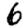
Digit: 6